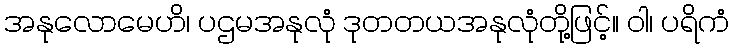
အနုလောမေဟိ၊ ပဌမအနုလုံ ဒုတတယအနုလုံတို့ဖြင့်။ ဝါ၊ ပရိကံ